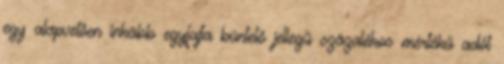
egy alapvetően inkább egyfajta büntető jellegű százalékos mértékű adót